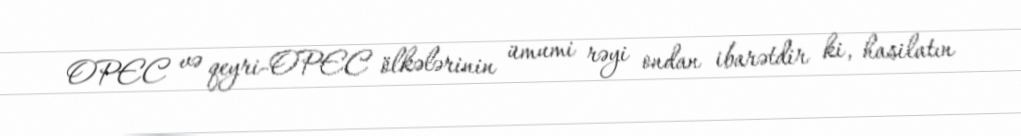
OPEC və qeyri-OPEC ölkələrinin ümumi rəyi ondan ibarətdir ki, hasilatın